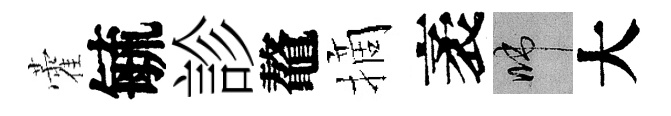
藿毓診鼇摘袤啼大